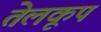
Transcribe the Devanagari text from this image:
तेलकूप